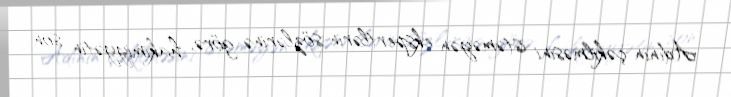
Adının çəkilməsini istəməyən ekspertlərin sözlərinə görə, hakimiyyətin son